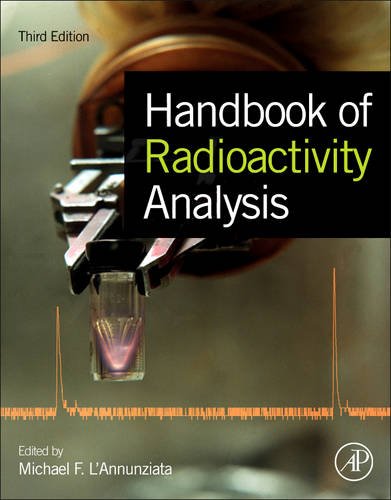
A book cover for Handbook of Radioactivity Analysis, Third Edition; Science & Math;